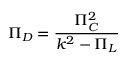
\Pi _ { D } = { \frac { \Pi _ { C } ^ { 2 } } { k ^ { 2 } - \Pi _ { L } } }